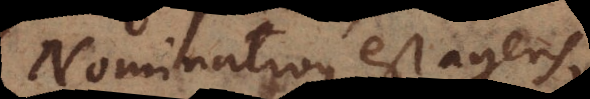
Nominativus est age